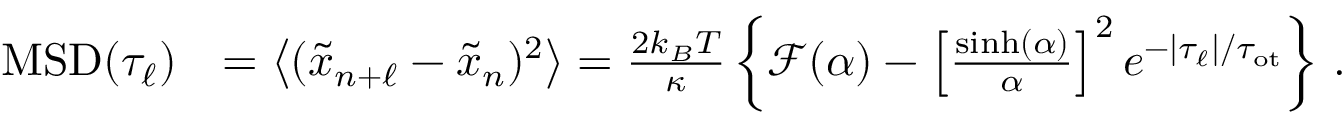
\begin{array} { r l } { \mathrm { M S D } ( \tau _ { \ell } ) } & { = \left\langle ( \tilde { x } _ { n + \ell } - \tilde { x } _ { n } ) ^ { 2 } \right\rangle = \frac { 2 k _ { B } T } { \kappa } \left\{ \mathcal { F } ( \alpha ) - \left[ \frac { \sinh ( \alpha ) } { \alpha } \right] ^ { 2 } e ^ { - | \tau _ { \ell } | / \tau _ { \mathrm { o t } } } \right\} \, . } \end{array}